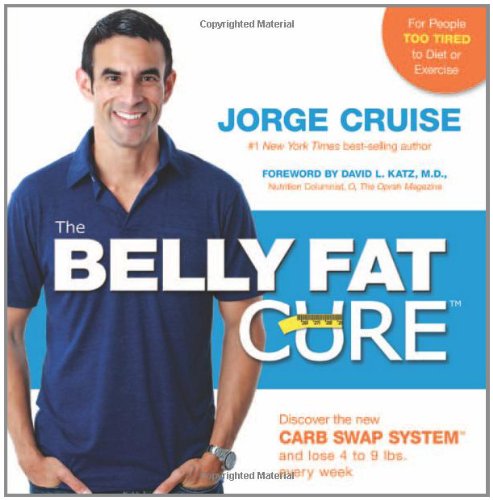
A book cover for The Belly Fat Cure: Discover the New Carb Swap SystemEE¢ and Lose 4 to 9 lbs. Every Week; Jorge Cruise; Health, Fitness & Dieting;